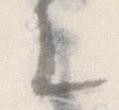
に